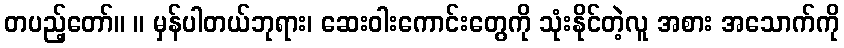
တပည့်တော်။ ။ မှန်ပါတယ်ဘုရား၊ ဆေးဝါးကောင်းတွေကို သုံးနိုင်တဲ့လူ အစား အသောက်ကို